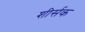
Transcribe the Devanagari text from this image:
शीर्सक